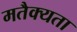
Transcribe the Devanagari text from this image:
मतैक्यता